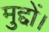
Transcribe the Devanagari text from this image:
मुद्दों।